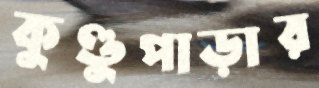
কুণ্ডুপাড়ার